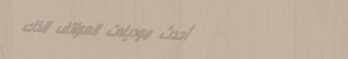
أحدث موديلات الهواتف الذك